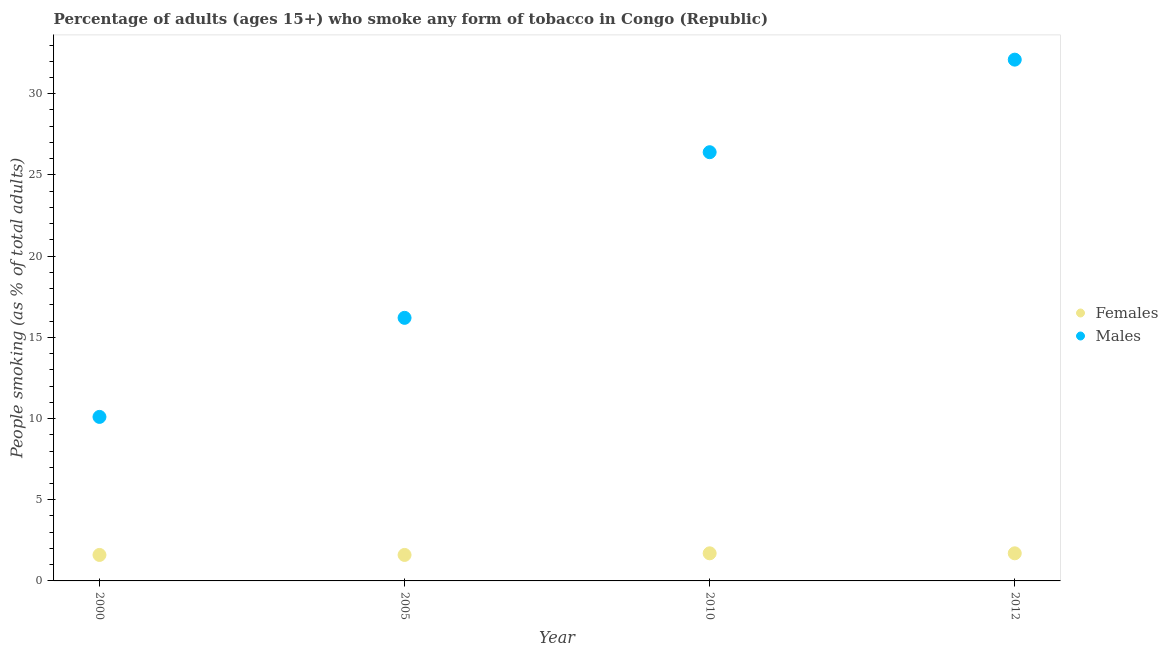
| Year | Females | Males |
 | --- | --- | --- |
 | 2000 | 1.6 | 10.1 |
 | 2005 | 1.6 | 16.2 |
 | 2010 | 1.7 | 26.4 |
 | 2012 | 1.7 | 32.1 |